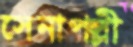
সেনাপল্লী